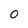
Character: 0